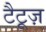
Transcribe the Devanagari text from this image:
टैटूज़